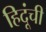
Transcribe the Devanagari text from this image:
हिदूंची